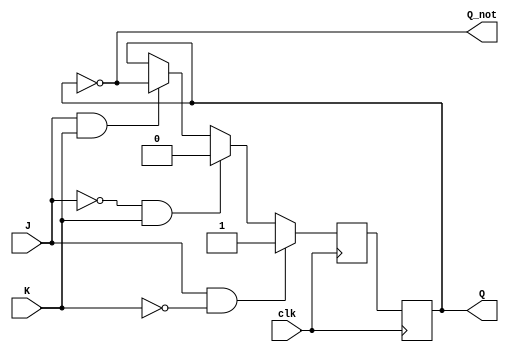
module JK_flip_flop (
    input J, K, clk,
    output reg Q, Q_not
);

reg Q_next;

always @(posedge clk) begin
    if (J && ~K)
        Q_next <= 1;
    else if (~J && K)
        Q_next <= 0;
    else if (J && K)
        Q_next <= ~Q;
    else
        Q_next <= Q;
end

always @(posedge clk)
    Q <= Q_next;

assign Q_not = ~Q;

endmodule